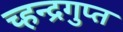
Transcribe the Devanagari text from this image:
च्हन्द्रगुप्त